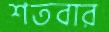
শতবার